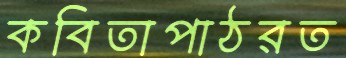
কবিতাপাঠরত